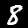
Label: 8